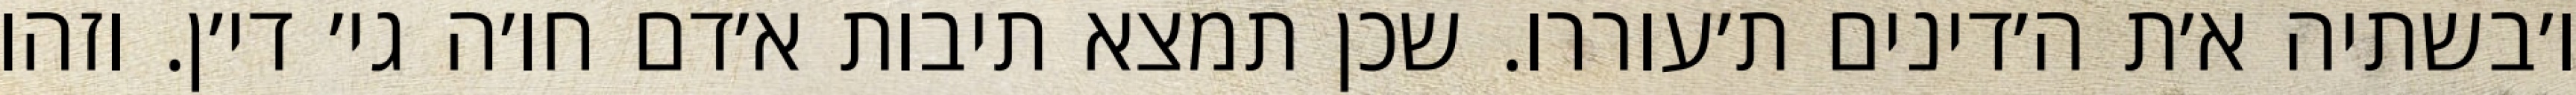
ו׳בשתיה א׳ת ה׳דינים ת׳עוררו. שכן תמצא תיבות א׳דם חו׳ה גי׳ די׳ן. וזהו